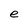
Character: e